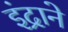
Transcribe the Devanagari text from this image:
इंद्राने